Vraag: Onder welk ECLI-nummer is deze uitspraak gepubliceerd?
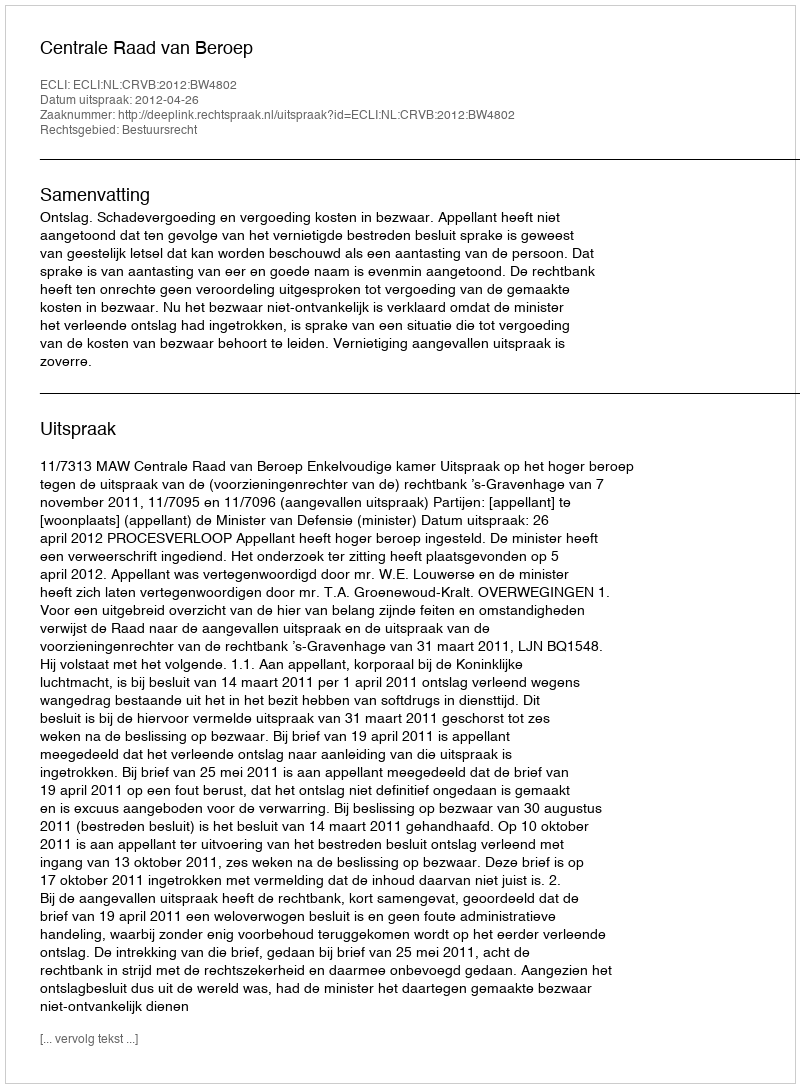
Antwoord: ECLI:NL:CRVB:2012:BW4802